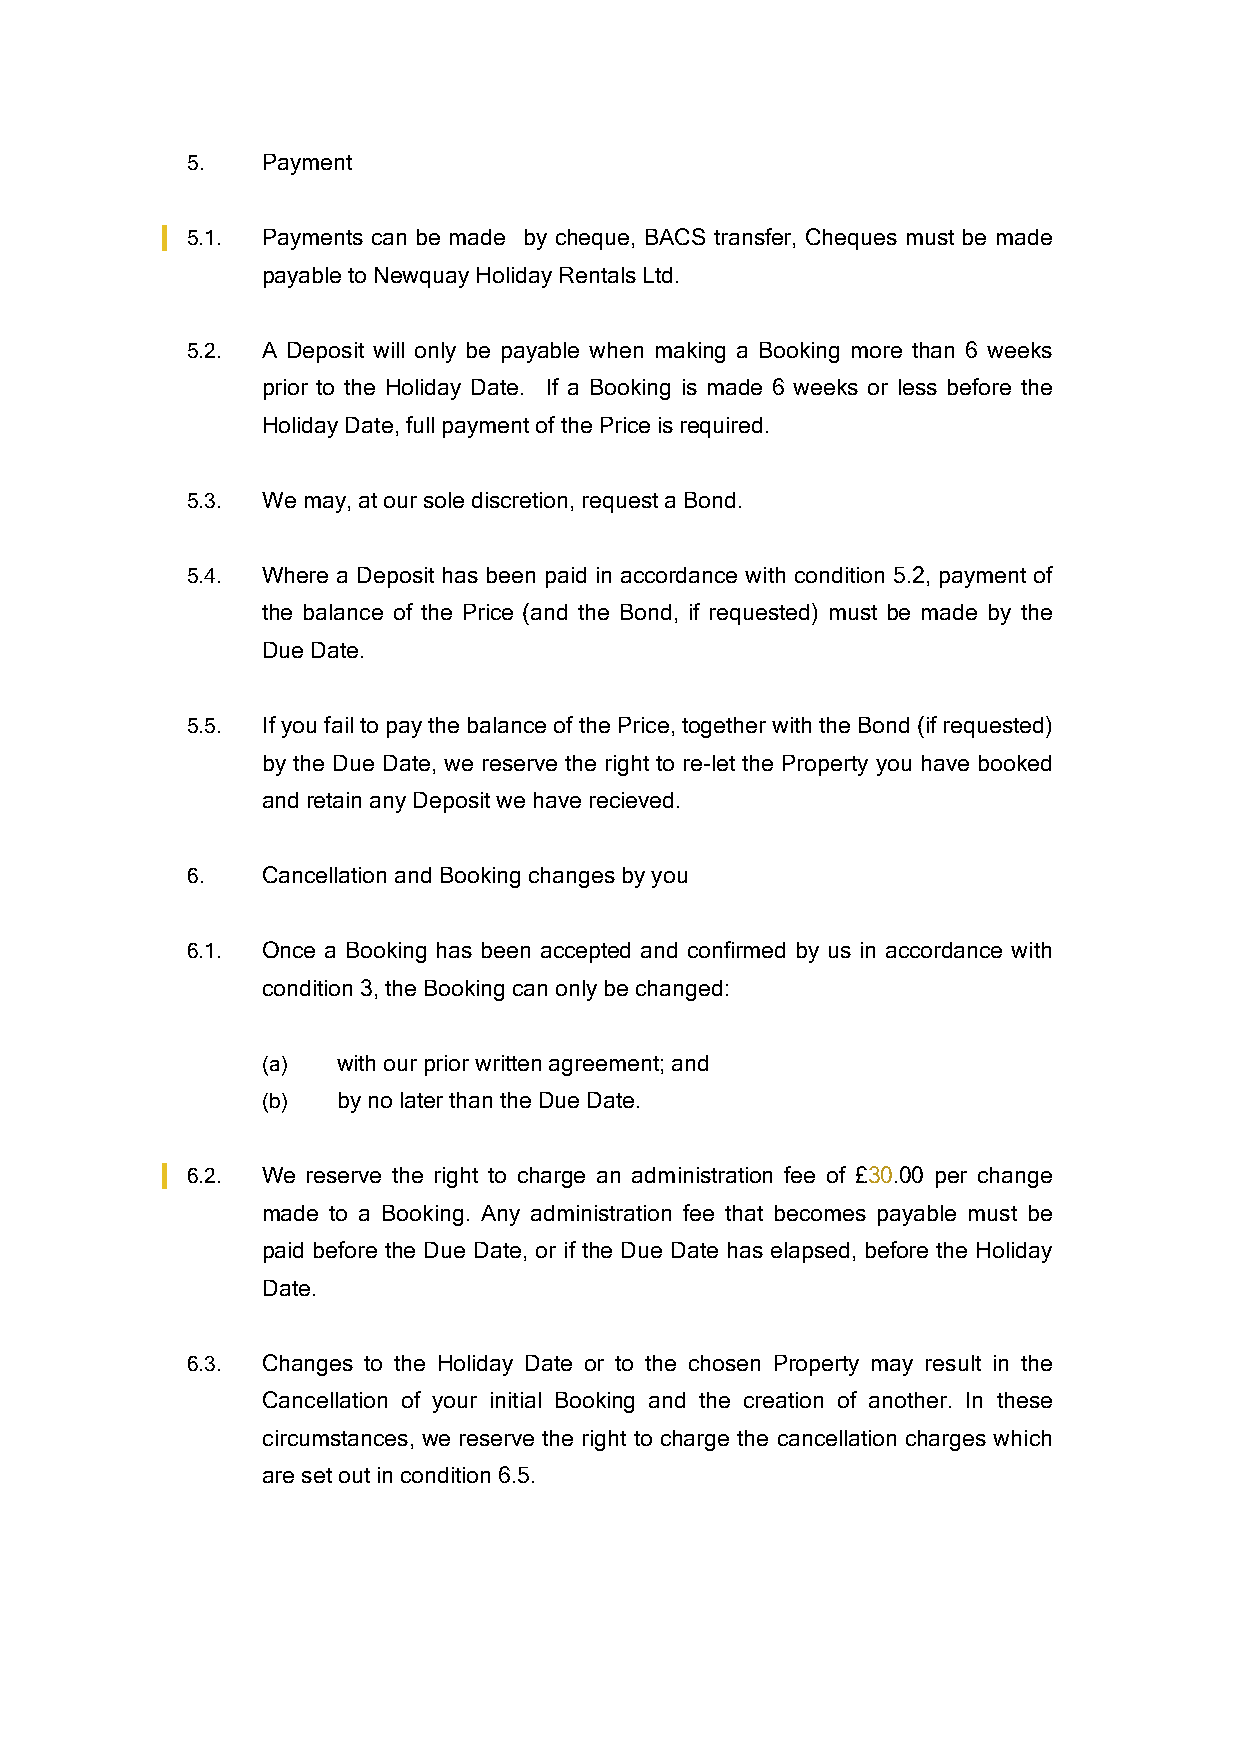
5.   Payment
 5.1. Payments can be made by cheque, BACS transfer, Cheques must be made
 payable to Newquay Holiday Rentals Ltd.
 5.2. A Deposit will only be payable when making a Booking more than 6 weeks
 prior to the Holiday Date. If a Booking is made 6 weeks or less before the
 Holiday Date, full payment of the Price is required.
 5.3. We may, at our sole discretion, request a Bond.
 5.4. Where a Deposit has been paid in accordance with condition 5.2, payment of
 the balance of the Price (and the Bond, if requested) must be made by the
 Due Date.
 5.5. If you fail to pay the balance of the Price, together with the Bond (if requested)
 by the Due Date, we reserve the right to re-let the Property you have booked
 and retain any Deposit we have recieved.
 6.   Cancellation and Booking changes by you
 6.1. Once a Booking has been accepted and confirmed by us in accordance with
 condition 3, the Booking can only be changed:
 (a)  with our prior written agreement; and
 (b)  by no later than the Due Date.
 6.2. We reserve the right to charge an administration fee of £30.00 per change
 made to a Booking. Any administration fee that becomes payable must be
 paid before the Due Date, or if the Due Date has elapsed, before the Holiday
 Date.
 6.3. Changes to the Holiday Date or to the chosen Property may result in the
 Cancellation of your initial Booking and the creation of another. In these
 circumstances, we reserve the right to charge the cancellation charges which
 are set out in condition 6.5.